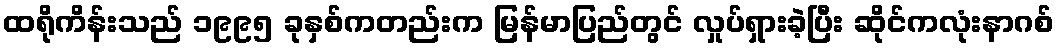
ထရိုကိန်းသည် ၁၉၉၅ ခုနှစ်ကတည်းက မြန်မာပြည်တွင် လှုပ်ရှားခဲ့ပြီး ဆိုင်ကလုံးနာဂစ်